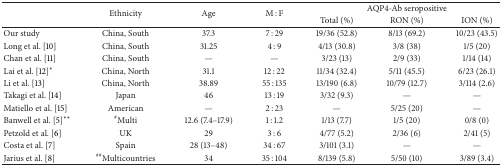
| <ROWSPAN=2>  | <ROWSPAN=2> Ethnicity | <ROWSPAN=2> Age | <ROWSPAN=2> M : F | <COLSPAN=3> AQP4-Ab seropositive |
 | Total (%) | RON (%) | ION (%) |
 | --- | --- | --- | --- | --- | --- | --- |
 | Our study | China, South | 37.3 | 7 : 29 | 19/36 (52.8) | 8/13 (69.2) | 10/23 (43.5) |
 | Long et al. [10] | China, South | 31.25 | 4 : 9 | 4/13 (30.8) | 3/8 (38) | 1/5 (20) |
 | Chan et al. [11] | China, South | — | — | 3/23 (13) | 2/9 (33) | 1/14 (14) |
 | Lai et al. [12]∗ | China, North | 31.1 | 12 : 22 | 11/34 (32.4) | 5/11 (45.5) | 6/23 (26.1) |
 | Li et al. [13] | China, North | 38.89 | 55 : 135 | 13/190 (6.8) | 10/79 (12.7) | 3/114 (2.6) |
 | Takagi et al. [14] | Japan | 46 | 13 : 19 | 3/32 (9.3) | — | — |
 | Matiello et al. [15] | American | — | 2 : 23 | — | 5/25 (20) | — |
 | Banwell et al. [5]∗∗ | #Multi | 12.6 (7.4–17.9) | 1 : 1.2 | 1/13 (7.7) | 1/5 (20) | 0/8 (0) |
 | Petzold et al. [6] | UK | 29 | 3 : 6 | 4/77 (5.2) | 2/36 (6) | 2/41 (5) |
 | Costa et al. [7] | Spain | 28 (13–48) | 34 : 67 | 3/101 (3.1) | — | — |
 | Jarius et al. [8] | ##Multicountries | 34 | 35 : 104 | 8/139 (5.8) | 5/50 (10) | 3/89 (3.4) |